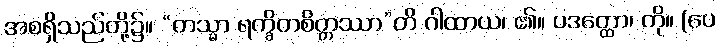
အစရှိသည်တို့၌။ “တသ္မာ ရက္ခိတစိတ္တဿာ”တိ ဂါထာယ၊ ၏။ ပဒတ္ထော၊ ကို။ (ပေ